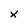
Character: x